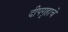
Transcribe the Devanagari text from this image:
दीपगृहाचे